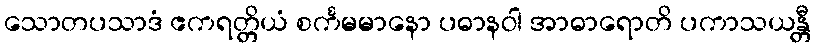
သောတပသာဒံ ဧကရတ္တိယံ စင်္ကမမာနော ပဓာနဝါ အာဓာရောတိ ပကာသယန္တီ